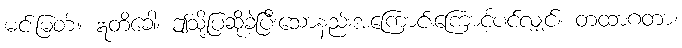
မင်းမြတ်။ ဣတိခေါ၊ ဤသို့ပြဆိုခဲ့ပြီးသောနည်းအကြောင်းကြောင့်ပင်လျှင်။ တထာဂတာ၊